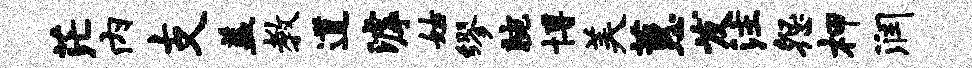
茫内支盖教道滹姑缪腕博美蕙发注怨柙润